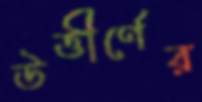
উত্তীর্ণের